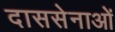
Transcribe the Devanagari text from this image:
दाससेनाओं